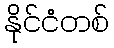
နိုင်ငံတစ်